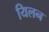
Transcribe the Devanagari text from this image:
यिलन